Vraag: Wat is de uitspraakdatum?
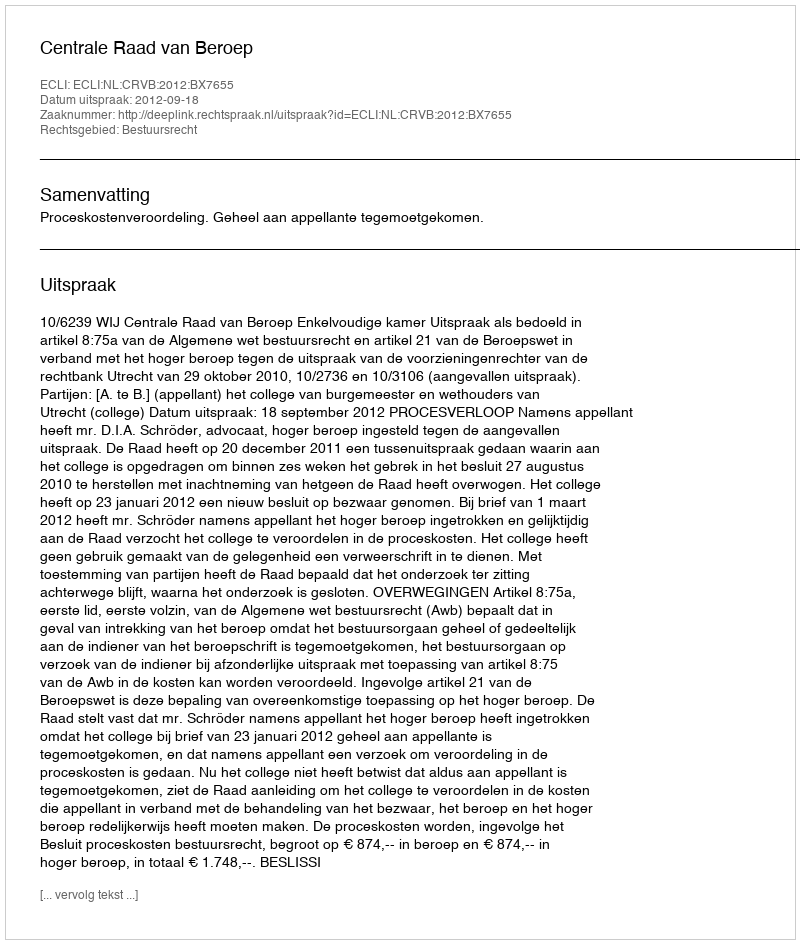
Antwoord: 2012-09-18